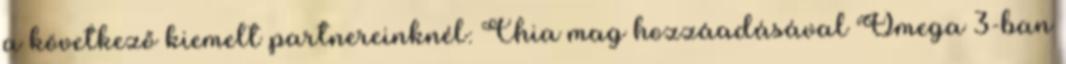
a következő kiemelt partnereinknél: Chia mag hozzáadásával Omega 3-ban